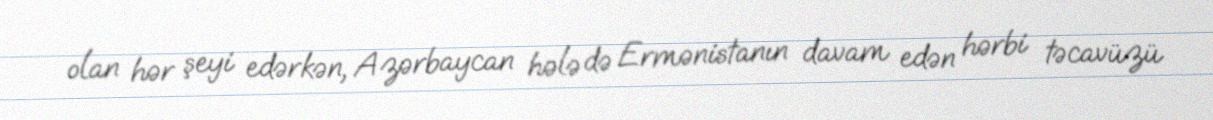
olan hər şeyi edərkən, Azərbaycan hələ də Ermənistanın davam edən hərbi təcavüzü